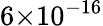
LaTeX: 6{\times}10^{-16}